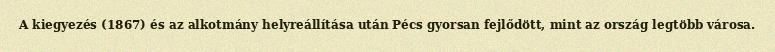
A kiegyezés (1867) és az alkotmány helyreállítása után Pécs gyorsan fejlődött, mint az ország legtöbb városa.